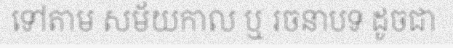
ទៅតាម សម័យកាល ឬ រចនាបទ ដូចជា